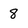
Character: 8